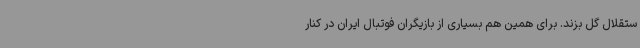
ستقلال گل بزند. برای همین هم بسیاری از بازیگران فوتبال ایران در کنار